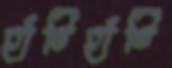
হাঁটিহাঁটি